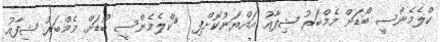
ކްލެމެންސީ ބޯޑަށް މެމްބަރު ޝިފާއު އައްޔަނުކޮށްފި  	ކްލެމެންސީ ބޯޑަށް މެމްބަރު ޝިފާއު